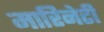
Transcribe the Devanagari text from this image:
मारिनेटी